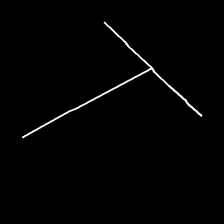
Glyph: column